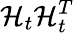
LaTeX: \mathbf{\mathcal{H}}_{t}\mathbf{\mathcal{H}}_{t}^{T}